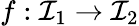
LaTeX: f:\mathcal{I}_{1}\to\mathcal{I}_{2}